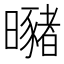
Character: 𣌁